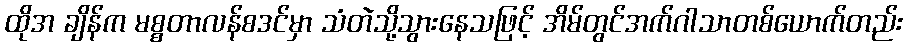
ထိုအ ချိန်က မစ္စတာလန်စဒင်မှာ သံတဲသို့သွားနေသဖြင့် အိမ်တွင်အက်ဂါသာတစ်ယောက်တည်း